Annual report of the Civil Veterinary Department, Bengal, and of the Bengal Veterinary College for the year 1903-1904 - 1903-1904
Year: 1903
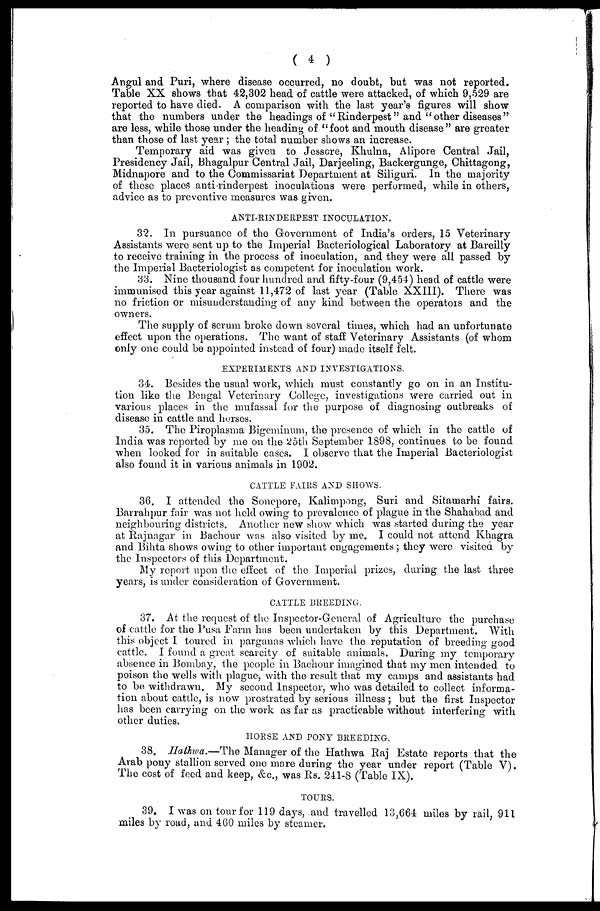
( 4 )
Angul and Puri, where disease occurred, no doubt, but was not reported.
Table XX shows that 42,302 head of cattle were attacked, of which 9,529 are
reported to have died. A comparison with the last year's figures will show
that the numbers under the headings of "Rinderpest" and "other diseases"
are less, while those under the heading of "foot and mouth disease" are greater
than those of last year ; the total number shows an increase.
Temporary aid was given to Jessore, Khulna, Alipore Central Jail,
Presidency Jail, Bhagalpur Central Jail, Darjeeling, Backergunge, Chittagong,
Midnapore and to the Commissariat Department at Siliguri. In the majority
of these places anti-rinderpest inoculations were performed, while in others,
advice as to preventive measures was given.
ANTI-RINDERPEST INOCULATION.
32. In pursuance of the Government of India's orders, 15 Veterinary
Assistants were sent up to the Imperial Bacteriological Laboratory at Bareilly
to receive training in the process of inoculation, and they were all passed by
the Imperial Bacteriologist as competent for inoculation work.
33. Nine thousand four hundred and fifty-four (9,454) head of cattle were
immunised this year against 11,472 of last year (Table XXIII). There was
no friction or misunderstanding of any kind between the operators and the
owners.
The supply of serum broke down several times, which had an unfortunate
effect upon the operations. The want of staff Veterinary Assistants (of whom
only one could be appointed instead of four) made itself felt.
EXPERIMENTS AND INVESTIGATIONS.
34. Besides the usual work, which must constantly go on in an Institu-
tion like the Bengal Veterinary College, investigations were carried out in
various places in the mufassal for the purpose of diagnosing outbreaks of
disease in cattle and horses.
35. The Piroplasma Bigeminum, the presence of which in the cattle of
India was reported by me on the 25th September 1898, continues to be found
when looked for in suitable cases. I observe that the Imperial Bacteriologist
also found it in various animals in 1902.
CATTLE FAIRS AND SHOWS.
36. I attended the Sonepore, Kalimpong, Suri and Sitamarhi fairs.
Barrahpur fair was not held owing to prevalence of plague in the Shahabad and
neighbouring districts. Another new show which was started during the year
at Rajnagar in Bachour was also visited by me. I could not attend Khagra
and Bihta shows owing to other important engagements; they were visited by
the Inspectors of this Department.
My report upon the effect of the Imperial prizes, during the last three
years, is under consideration of Government.
CATTLE BREEDING.
37. At the request of the Inspector-General of Agriculture the purchase
of cattle for the Pusa Farm has been undertaken by this Department. With
this object I toured in parganas which have the reputation of breeding good
cattle. I found a great scarcity of suitable animals. During my temporary
absence in Bombay, the people in Bachour imagined that my men intended to
poison the wells with plague, with the result that my camps and assistants had
to be withdrawn. My second Inspector, who was detailed to collect informa-
tion about cattle, is now prostrated by serious illness; but the first Inspector
has been carrying on the work as far as practicable without interfering with
other duties.
HORSE AND PONY BREEDING.
38. Hathwa.—The Manager of the Hathwa Raj Estate reports that the
Arab pony stallion served one mare during the year under report (Table V).
The cost of feed and keep, &c., was Rs. 241-8 (Table IX).
TOURS.
39. I was on tour for 119 days, and travelled 13,664 miles by rail, 911
miles by road, and 460 miles by steamer.